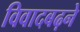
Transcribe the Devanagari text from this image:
विवादबढ़ने